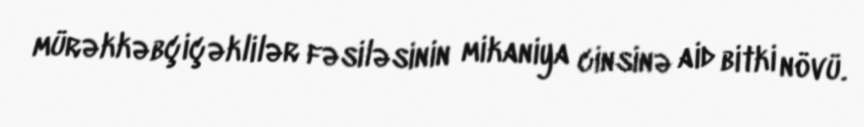
mürəkkəbçiçəklilər fəsiləsinin mikaniya cinsinə aid bitki növü.